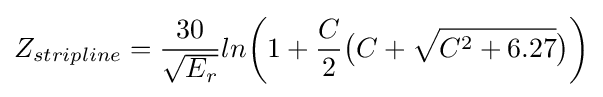
{\begin{aligned}Z_{stripline}={\frac {30}{\sqrt {E_{r}}}}ln{\biggr (}1+{\frac {C}{2}}{\big (}C+{\sqrt {C^{2}+6.27}}{\big )}{\biggr )}\\\end{aligned}}